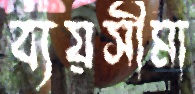
ব্যয়সীমা